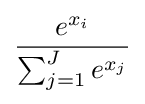
{\frac {e^{x_{i}}}{\sum _{j=1}^{J}e^{x_{j}}}}